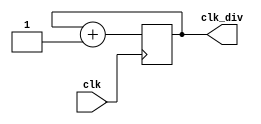

`timescale 1ns / 1ps

module clock_div_bynbit
#(
parameter DIV=2)
(
// freq div by 2^n
input clk,
output  clk_div
);
parameter N=$clog2(DIV);

reg [N-1:0] count=0;
always @(posedge clk)
begin 
if(count != 2**(N))begin
count<=count+1;
end else count<=0;
end
assign  clk_div=count[N-1];
 endmodule